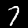
Label: 7